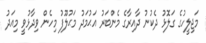
މަޖިލީހުގެ ގަލޮޅު ދެކުނު ދާއިރާގެ މެންބަރު އަޙުމަދު މަޙުލޫފު މިހެން ވިދާޅުވީ މިއަދު